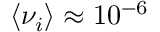
\langle \nu _ { i } \rangle \approx 1 0 ^ { - 6 }